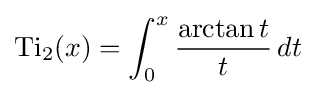
\operatorname {Ti} _{2}(x)=\int _{0}^{x}{\frac {\arctan t}{t}}\,dt